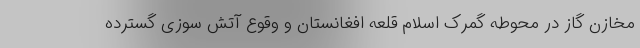
مخازن گاز در محوطه گمرک اسلام قلعه افغانستان و وقوع آتش سوزی گسترده